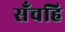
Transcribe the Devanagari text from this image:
सँचहि